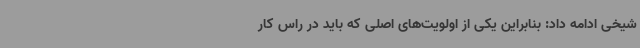
شیخی ادامه داد: بنابراین یکی از اولویت‌های اصلی که باید در راس کار